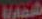
شمارة